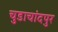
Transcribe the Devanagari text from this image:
चुडाचांदपुर